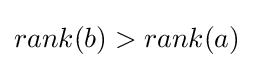
rank(b)>rank(a)